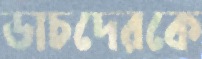
ডাচদেরকে